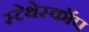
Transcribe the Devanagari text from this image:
स्‍टेथेस्‍कॉप